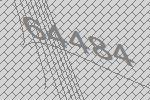
64484